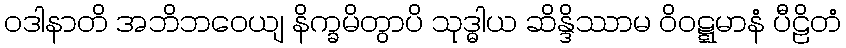
ဝဒါနာတိ အဘိဘဝေယျ နိက္ခမိတွာပိ သုဒ္ဓါယ ဆိန္ဒိဿာမ ဝိဝဋ္ဋမာနံ ပီဠိတံ